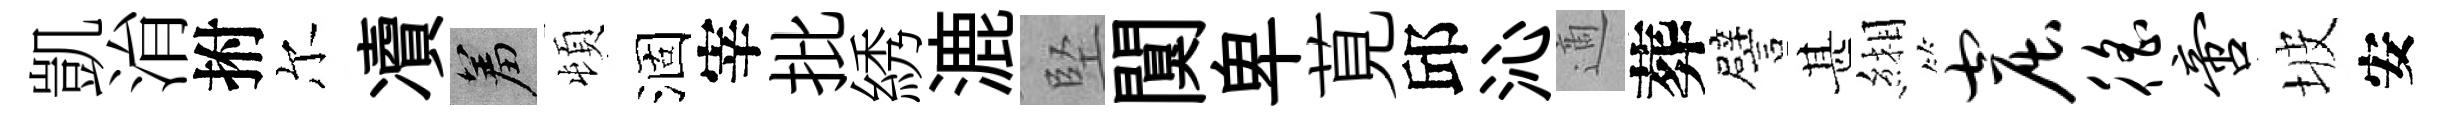
凱㳙拊尔凟羞頓涸宰批綉漉堅闃卑莧邱沁適葬譬甚緗窟徭啻坡安